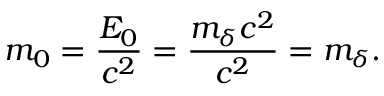
m _ { 0 } = \frac { E _ { 0 } } { c ^ { 2 } } = \frac { m _ { \delta } c ^ { 2 } } { c ^ { 2 } } = m _ { \delta } .